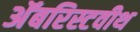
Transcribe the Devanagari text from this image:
अॅबरिस्टवीथ